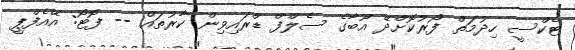
ޓެކްސީ ހިދުމަތް ފޯރުކޮށްދޭ އޫބާގެ ސެލްފް ޑްރައިވިން ކާރުތައް -- ފޮޓޯ: އޭއެފްޕީ